Scottish Leaving Certificate Examination, 1955
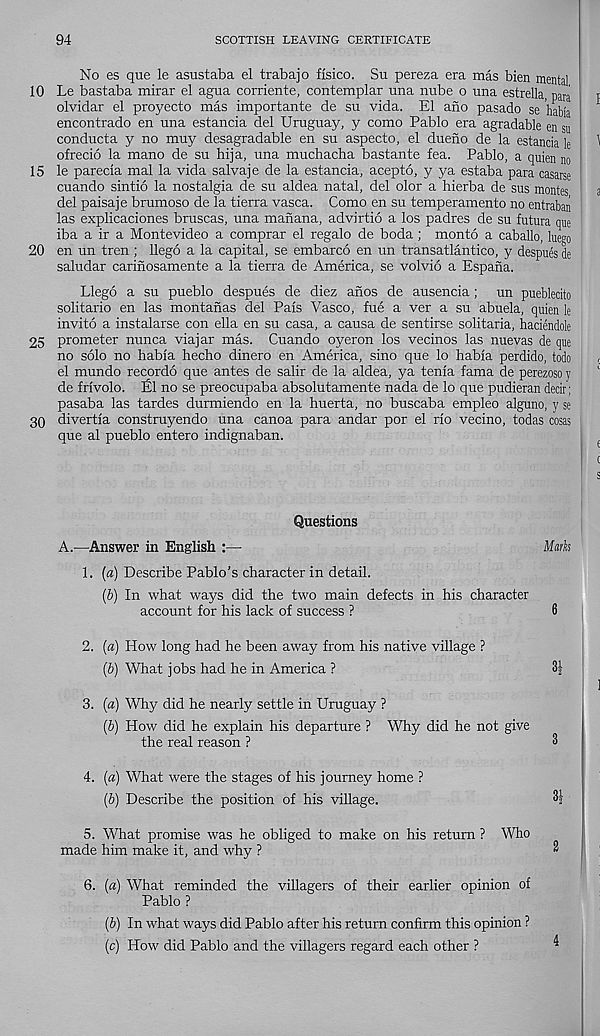
94
SCOTTISH LEAVING CERTIFICATE
No es que le asustaba el trabajo flsico. Su pereza era mas bien mental
10 Le bastaba mirar el agua corriente, contemplar una nube o una estrella, para
olvidar el proyecto mas importante de su vida. El ano pasado se habia
encontrado en una estancia del Uruguay, y como Pablo era agradable en su
conducta y no muy desagradable en su aspecto, el dueno de la estancia le
ofrecio la mano de su hija, una muchacha bastante fea. Pablo, a quien no
15 le parecla mal la vida salvaje de la estancia, acepto, y ya estaba para casarse
cuando sintio la nostalgia de su aldea natal, del olor a hierba de sus monies
del paisaje brumoso de la tierra vasca. Como en su temperamento no entrabail
las explicaciones bruscas, una manana, advirtio a los padres de su futura que
iba a ir a Montevideo a comprar el regalo de boda ; monto a caballo, luego
20 en un tren ; llego a la capital, se embarco en un transatlantico, y despues de
saludar carinosamente a la tierra de America, se volvio a Espana.
Llego a su pueblo despues de diez anos de ausencia; un pueblecito
solitario en las montanas del Pais Vasco, fue a ver a su abuela, quien le
invito a instalarse con ella en su casa, a causa de sentirse solitaria, haciendole
25 prometer nunca viajar mas. Cuando oyeron los vecinos las nuevas de que
no solo no habia hecho dinero en America, sino que lo habia perdido, todo
el mundo recordo que antes de salir de la aldea, ya tenia fama de perezoso y
de frivolo. Ibl no se preocupaba absolutamente nada de lo que pudieran decir;
pasaba las tardes durmiendo en la huerta, no buscaba empleo alguno, y se
30 divertia construyendo una canoa para andar por el rio vecino, todas cosas
que al pueblo entero indignaban.
Questions
A.—Answer in English :—
Mark
1. (a) Describe Pablo’s character in detail.
(b) In what ways did the two main defects in his character
account for his lack of success ?
6
2. (a) How long had he been away from his native village ?
(b) What jobs had he in America ?
3|
3. (a) Why did he nearly settle in Uruguay ?
(b) How did he explain his departure ? Why did he not give
the real reason ?
3
4. (a) What were the stages of his journey home ?
(b) Describe the position of his village.
3|
5. What promise was he obliged to make on his return ? Who
made him make it, and why ?
6. (a) What reminded the villagers of their earlier opinion of
Pablo ?
(b) In what ways did Pablo after his return confirm this opinion ?
(c) How did Pablo and the villagers regard each other ?